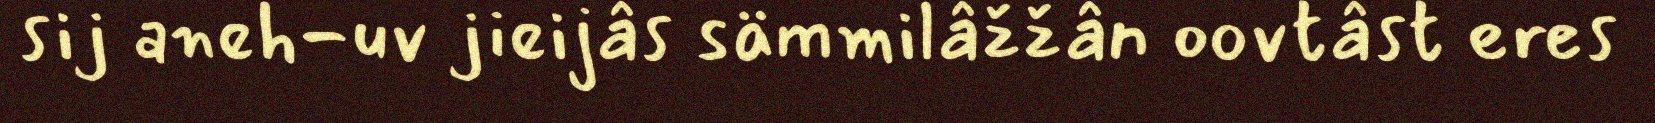
sij aneh-uv jieijâs sämmilâžžân oovtâst eres